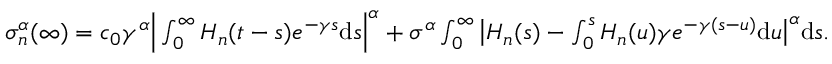
\begin{array} { r } { \sigma _ { n } ^ { \alpha } ( \infty ) = c _ { 0 } \gamma ^ { \alpha } \Big | \int _ { 0 } ^ { \infty } H _ { n } ( t - s ) e ^ { - \gamma s } \mathrm { d } s \Big | ^ { \alpha } + \sigma ^ { \alpha } \int _ { 0 } ^ { \infty } \big | H _ { n } ( s ) - \int _ { 0 } ^ { s } H _ { n } ( u ) \gamma e ^ { - \gamma ( s - u ) } \mathrm { d } u \big | ^ { \alpha } \mathrm { d } s . } \end{array}